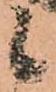
候